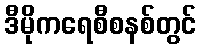
ဒီမိုကရေစီစနစ်တွင်